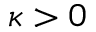
\kappa > 0